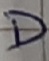
Text: D